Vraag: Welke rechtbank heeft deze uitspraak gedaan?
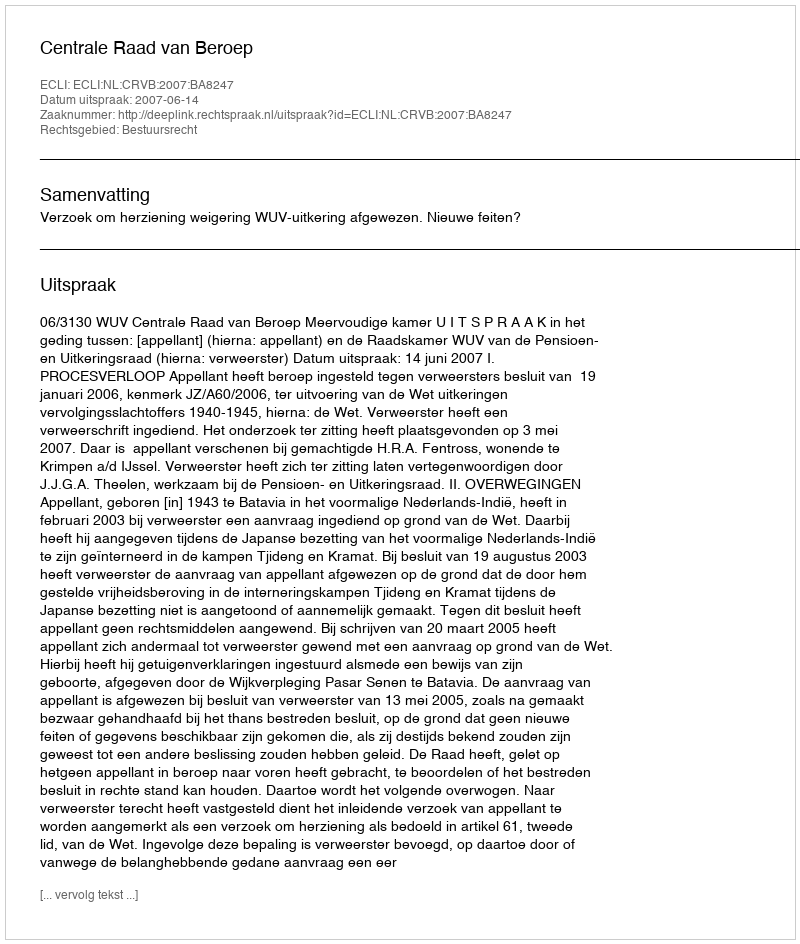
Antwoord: Centrale Raad van Beroep